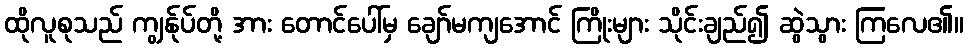
ထိုလူစုသည် ကျွန်ုပ်တို့ အား တောင်ပေါ်မှ ချော်မကျအောင် ကြိုးများ သိုင်းချည်၍ ဆွဲသွား ကြလေ၏။